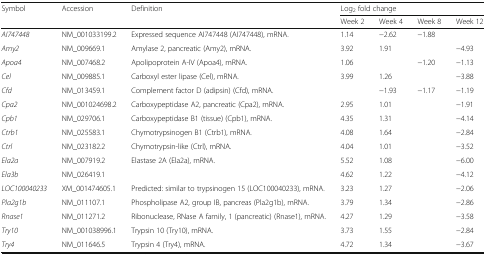
<table><thead><tr><td rowspan="2"><b>Symbol</b></td><td rowspan="2"><b>Accession</b></td><td rowspan="2"><b>Definition</b></td><td colspan="4"><b>Log<sub>2</sub> fold change</b></td></tr><tr><td><b>Week 2</b></td><td><b>Week 4</b></td><td><b>Week 8</b></td><td><b>Week 12</b></td></tr></thead><tbody><tr><td><i>AI747448</i></td><td>NM_001033199.2</td><td>Expressed sequence AI747448 (AI747448), mRNA.</td><td>1.14</td><td>−2.62</td><td>−1.88</td><td></td></tr><tr><td><i>Amy2</i></td><td>NM_009669.1</td><td>Amylase 2, pancreatic (Amy2), mRNA.</td><td>3.92</td><td>1.91</td><td></td><td>−4.93</td></tr><tr><td><i>Apoa4</i></td><td>NM_007468.2</td><td>Apolipoprotein A-IV (Apoa4), mRNA.</td><td>1.06</td><td></td><td>−1.20</td><td>−1.13</td></tr><tr><td><i>Cel</i></td><td>NM_009885.1</td><td>Carboxyl ester lipase (Cel), mRNA.</td><td>3.99</td><td>1.26</td><td></td><td>−3.88</td></tr><tr><td><i>Cfd</i></td><td>NM_013459.1</td><td>Complement factor D (adipsin) (Cfd), mRNA.</td><td></td><td>−1.93</td><td>−1.17</td><td>−1.19</td></tr><tr><td><i>Cpa2</i></td><td>NM_001024698.2</td><td>Carboxypeptidase A2, pancreatic (Cpa2), mRNA.</td><td>2.95</td><td>1.01</td><td></td><td>−1.91</td></tr><tr><td><i>Cpb1</i></td><td>NM_029706.1</td><td>Carboxypeptidase B1 (tissue) (Cpb1), mRNA.</td><td>4.35</td><td>1.31</td><td></td><td>−4.14</td></tr><tr><td><i>Ctrb1</i></td><td>NM_025583.1</td><td>Chymotrypsinogen B1 (Ctrb1), mRNA.</td><td>4.08</td><td>1.64</td><td></td><td>−2.84</td></tr><tr><td><i>Ctrl</i></td><td>NM_023182.2</td><td>Chymotrypsin-like (Ctrl), mRNA.</td><td>4.04</td><td>1.01</td><td></td><td>−3.52</td></tr><tr><td><i>Ela2a</i></td><td>NM_007919.2</td><td>Elastase 2A (Ela2a), mRNA.</td><td>5.52</td><td>1.08</td><td></td><td>−6.00</td></tr><tr><td><i>Ela3b</i></td><td>NM_026419.1</td><td></td><td>4.62</td><td>1.22</td><td></td><td>−4.12</td></tr><tr><td><i>LOC100040233</i></td><td>XM_001474605.1</td><td>Predicted: similar to trypsinogen 15 (LOC100040233), mRNA.</td><td>3.23</td><td>1.27</td><td></td><td>−2.06</td></tr><tr><td><i>Pla2g1b</i></td><td>NM_011107.1</td><td>Phospholipase A2, group IB, pancreas (Pla2g1b), mRNA.</td><td>3.79</td><td>1.34</td><td></td><td>−2.86</td></tr><tr><td><i>Rnase1</i></td><td>NM_011271.2</td><td>Ribonuclease, RNase A family, 1 (pancreatic) (Rnase1), mRNA.</td><td>4.27</td><td>1.29</td><td></td><td>−3.58</td></tr><tr><td><i>Try10</i></td><td>NM_001038996.1</td><td>Trypsin 10 (Try10), mRNA.</td><td>3.73</td><td>1.55</td><td></td><td>−2.84</td></tr><tr><td><i>Try4</i></td><td>NM_011646.5</td><td>Trypsin 4 (Try4), mRNA.</td><td>4.72</td><td>1.34</td><td></td><td>−3.67</td></tr></tbody></table>